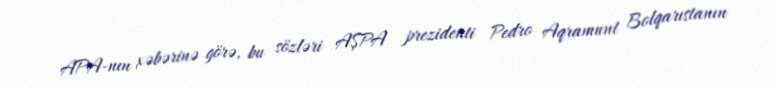
APA-nın xəbərinə görə, bu sözləri AŞPA prezidenti Pedro Aqramunt Bolqarıstanın